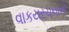
વાકયરચનાનો